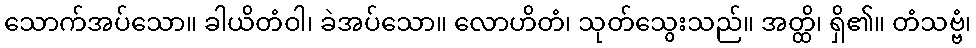
သောက်အပ်သော။ ခါယိတံဝါ၊ ခဲအပ်သော။ လောဟိတံ၊ သုတ်သွေးသည်။ အတ္ထိ၊ ရှိ၏။ တံသဗ္ဗံ၊